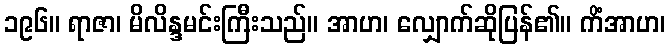
၁၉၆။ ရာဇာ၊ မိလိန္ဒမင်းကြီးသည်။ အာဟ၊ လျှောက်ဆိုပြန်၏။ ကိံအာဟ၊